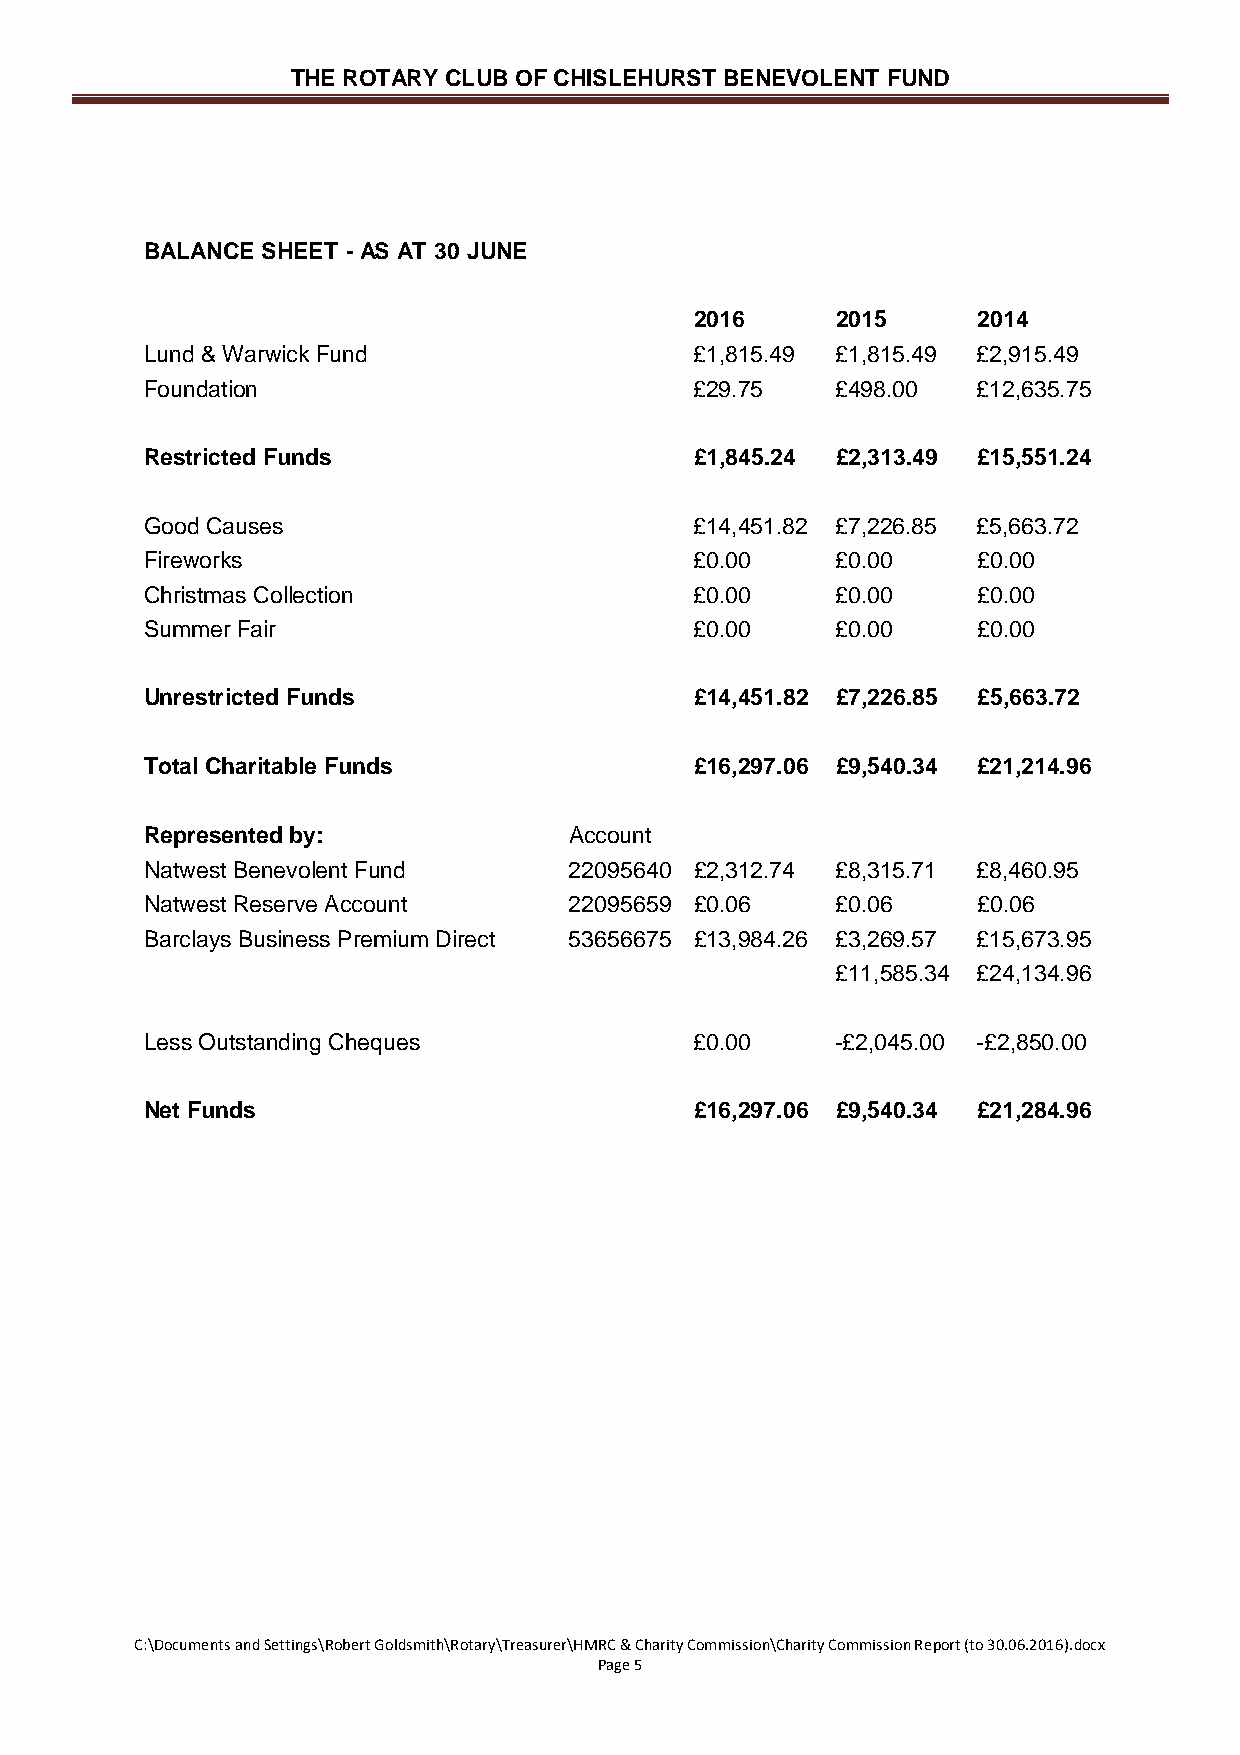
THE ROTARY CLUB OF CHISLEHURST BENEVOLENT FUND
 BALANCE SHEET - AS AT 30 JUNE
 2016     2015      2014
 Lund & Warwick Fund                 £1,815.49 £1,815.49 £2,915.49
 Foundation                          £29.75   £498.00   £12,635.75
 Restricted Funds                    £1,845.24 £2,313.49 £15,551.24
 Good Causes                         £14,451.82 £7,226.85 £5,663.72
 Fireworks                           £0.00    £0.00     £0.00
 Christmas Collection                £0.00    £0.00     £0.00
 Summer Fair                         £0.00    £0.00     £0.00
 Unrestricted Funds                  £14,451.82 £7,226.85 £5,663.72
 Total Charitable Funds              £16,297.06 £9,540.34 £21,214.96
 Represented by:             Account
 Natwest Benevolent Fund     22095640 £2,312.74 £8,315.71 £8,460.95
 Natwest Reserve Account     22095659 £0.06   £0.06     £0.06
 Barclays Business Premium Direct 53656675 £13,984.26 £3,269.57 £15,673.95
 £11,585.34 £24,134.96
 Less Outstanding Cheques            £0.00    -£2,045.00 -£2,850.00
 Net Funds                           £16,297.06 £9,540.34 £21,284.96
 C:\Documents and Settings\Robert Goldsmith\Rotary\Treasurer\HMRC & Charity Commission\Charity Commission Report (to 30.06.2016).docx
 Page 5